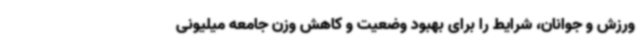
ورزش و جوانان، شرایط را برای بهبود وضعیت و کاهش وزن جامعه میلیونی